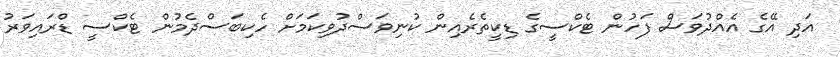
އަދި އޭގެ އެއްދުވަސް ފަހުން ޓެކްސީގެ ޑިކީތެރެއިން ކުނިވަސްދުވިކަމަށް ހެކިބަސްދެމުން ޓެކްސީ ޑްރައިވަރު